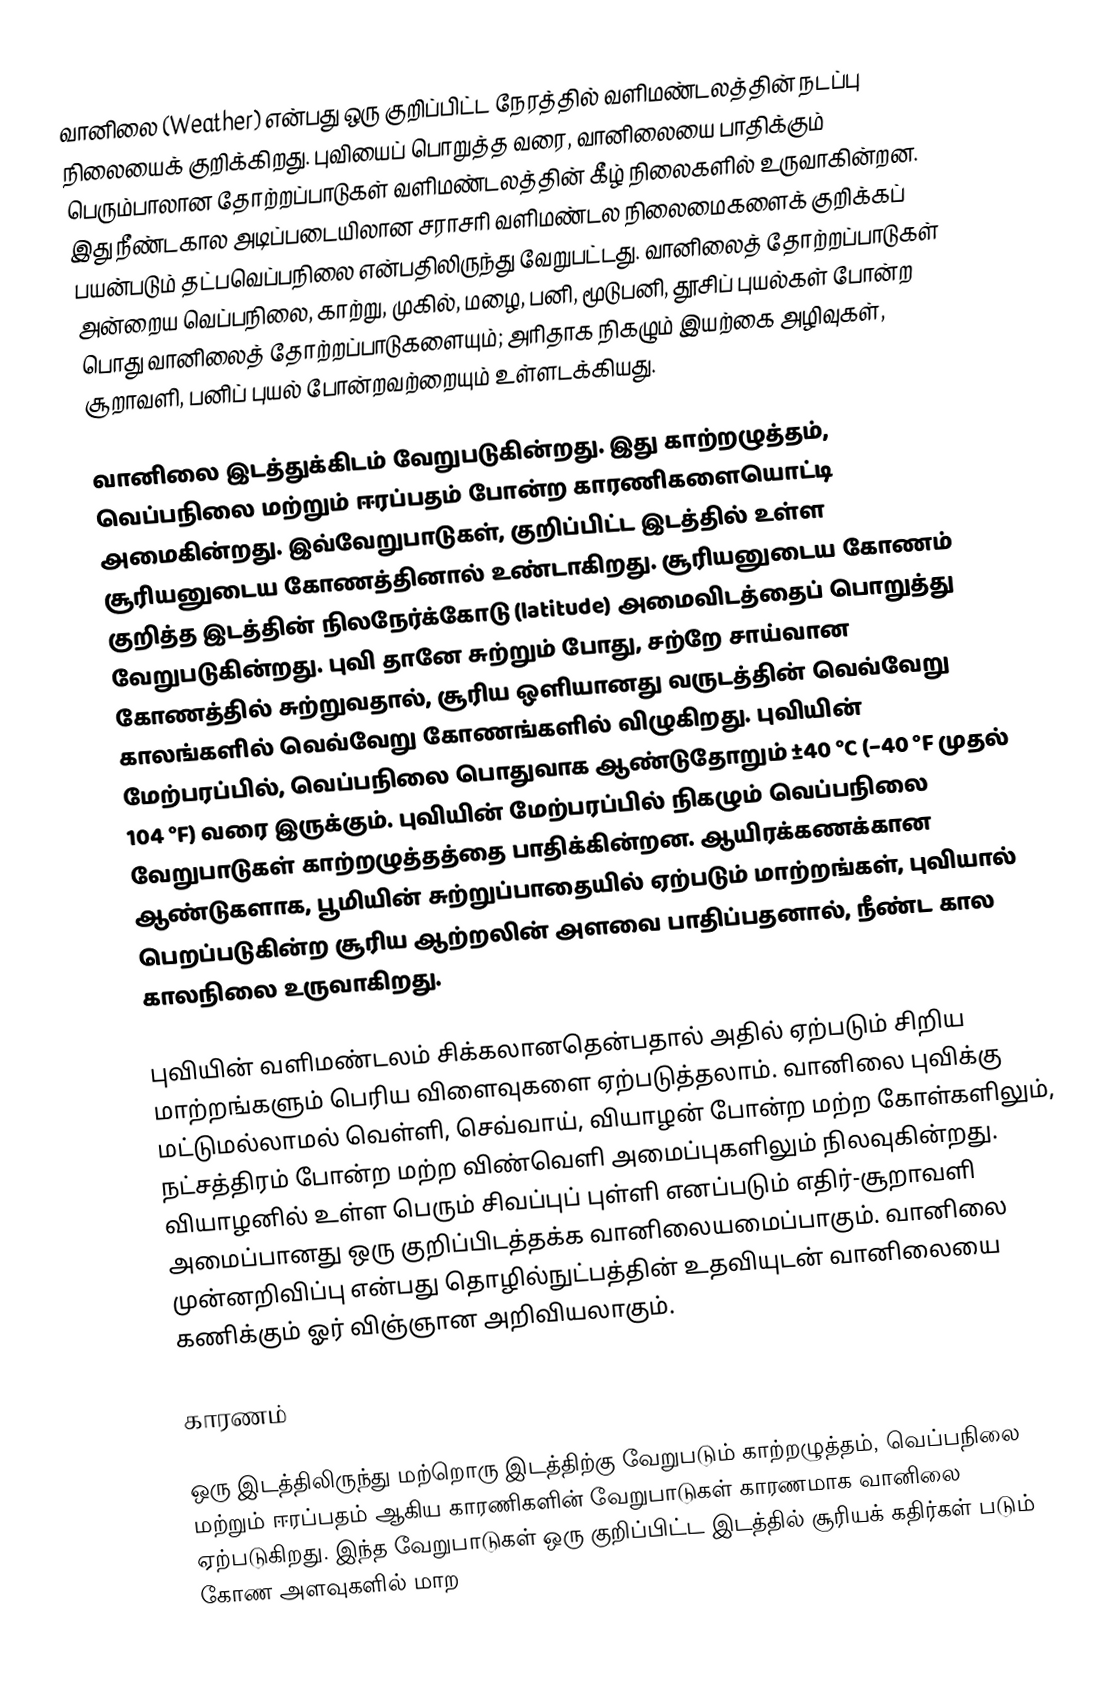
வானிலை (Weather) என்பது ஒரு குறிப்பிட்ட நேரத்தில்  வளிமண்டலத்தின் நடப்பு நிலையைக் குறிக்கிறது. புவியைப் பொறுத்த வரை, வானிலையை பாதிக்கும் பெரும்பாலான தோற்றப்பாடுகள் வளிமண்டலத்தின் கீழ் நிலைகளில் உருவாகின்றன. இது நீண்டகால அடிப்படையிலான சராசரி வளிமண்டல நிலைமைகளைக் குறிக்கப் பயன்படும் தட்பவெப்பநிலை என்பதிலிருந்து வேறுபட்டது. வானிலைத் தோற்றப்பாடுகள் அன்றைய வெப்பநிலை, காற்று, முகில், மழை, பனி, மூடுபனி, தூசிப் புயல்கள் போன்ற பொது வானிலைத் தோற்றப்பாடுகளையும்; அரிதாக நிகழும் இயற்கை அழிவுகள், சூறாவளி, பனிப் புயல் போன்றவற்றையும் உள்ளடக்கியது.

வானிலை இடத்துக்கிடம் வேறுபடுகின்றது. இது காற்றழுத்தம், வெப்பநிலை மற்றும் ஈரப்பதம் போன்ற காரணிகளையொட்டி அமைகின்றது. இவ்வேறுபாடுகள், குறிப்பிட்ட இடத்தில் உள்ள சூரியனுடைய கோணத்தினால் உண்டாகிறது. சூரியனுடைய கோணம் குறித்த இடத்தின் நிலநேர்க்கோடு (latitude) அமைவிடத்தைப் பொறுத்து வேறுபடுகின்றது. புவி தானே சுற்றும் போது, சற்றே சாய்வான கோணத்தில் சுற்றுவதால், சூரிய ஒளியானது வருடத்தின் வெவ்வேறு காலங்களில் வெவ்வேறு கோணங்களில் விழுகிறது. புவியின் மேற்பரப்பில், வெப்பநிலை பொதுவாக ஆண்டுதோறும் ±40 °C (−40 °F முதல் 104 °F) வரை இருக்கும். புவியின் மேற்பரப்பில் நிகழும் வெப்பநிலை வேறுபாடுகள் காற்றழுத்தத்தை பாதிக்கின்றன. ஆயிரக்கணக்கான ஆண்டுகளாக, பூமியின் சுற்றுப்பாதையில் ஏற்படும் மாற்றங்கள், புவியால் பெறப்படுகின்ற சூரிய ஆற்றலின் அளவை பாதிப்பதனால், நீண்ட கால காலநிலை உருவாகிறது.

புவியின் வளிமண்டலம் சிக்கலானதென்பதால் அதில் ஏற்படும் சிறிய மாற்றங்களும் பெரிய விளைவுகளை ஏற்படுத்தலாம். வானிலை புவிக்கு மட்டுமல்லாமல் வெள்ளி, செவ்வாய், வியாழன் போன்ற மற்ற கோள்களிலும், நட்சத்திரம் போன்ற மற்ற விண்வெளி அமைப்புகளிலும் நிலவுகின்றது. வியாழனில் உள்ள பெரும் சிவப்புப் புள்ளி எனப்படும் எதிர்-சூறாவளி அமைப்பானது ஒரு குறிப்பிடத்தக்க வானிலையமைப்பாகும். வானிலை முன்னறிவிப்பு என்பது தொழில்நுட்பத்தின் உதவியுடன் வானிலையை கணிக்கும் ஓர் விஞ்ஞான அறிவியலாகும்.

காரணம்

ஒரு இடத்திலிருந்து மற்றொரு இடத்திற்கு வேறுபடும் காற்றழுத்தம், வெப்பநிலை மற்றும் ஈரப்பதம் ஆகிய காரணிகளின் வேறுபாடுகள் காரணமாக வானிலை ஏற்படுகிறது. இந்த வேறுபாடுகள் ஒரு குறிப்பிட்ட இடத்தில் சூரியக் கதிர்கள் படும் கோண அளவுகளில் மாற